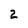
Character: 2